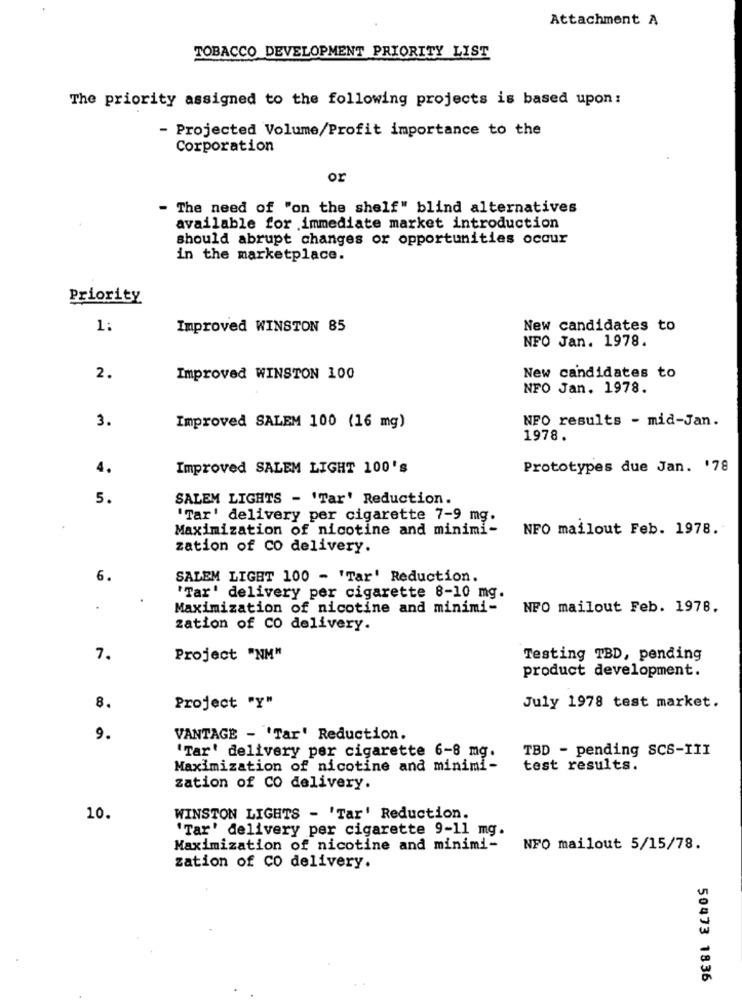
Attachment A
TOBACCO DEVELOPMENT PRIORITY LIST
The priority assigned to the following projects is based upon:
- Projected Volume/Profit importance to the
Corporation
or
- The need of "on the shelf" blind alternatives
available for immediate market introduction
should abrupt changes or opportunities occur
in the marketplace.
Priority
1:
Improved WINSTON 85
New candidates to
NFO Jan. 1978.
2.
Improved WINSTON 100
New candidates to
NFO Jan. 1978.
3.
NFO results - mid-Jan.
Improved SALEM 100 (16 mg)
1978.
4.
Improved SALEM LIGHT 100's
Prototypes due Jan. '78
5.
SALEM LIGHTS - 'Tar' Reduction.
'Tar' delivery per cigarette 7-9 mg.
Maximization of nicotine and minimi-
NFO mailout Feb. 1978.
zation of CO delivery.
6.
SALEM LIGET 100 - 'Tar' Reduction.
'Tar' delivery per cigarette 8-10 mg.
Maximization of nicotine and minimi-
NFO mailout Feb. 1978.
zation of CO delivery.
7.
Project "NM"
Testing TBD, pending
product development.
8.
Project "Y"
July 1978 test market.
9.
VANTAGE - 'Tar' Reduction.
'Tar' delivery per cigarette 6-8 mg.
TBD - pending SCS-III
Maximization of nicotine and minimi-
test results.
zation of CO delivery.
10.
WINSTON LIGHTS - 'Tar' Reduction.
'Tar' delivery per cigarette 9-11 mg.
Maximization of nicotine and minimi-
NFO mailout 5/15/78.
zation of CO delivery.
50473 1836